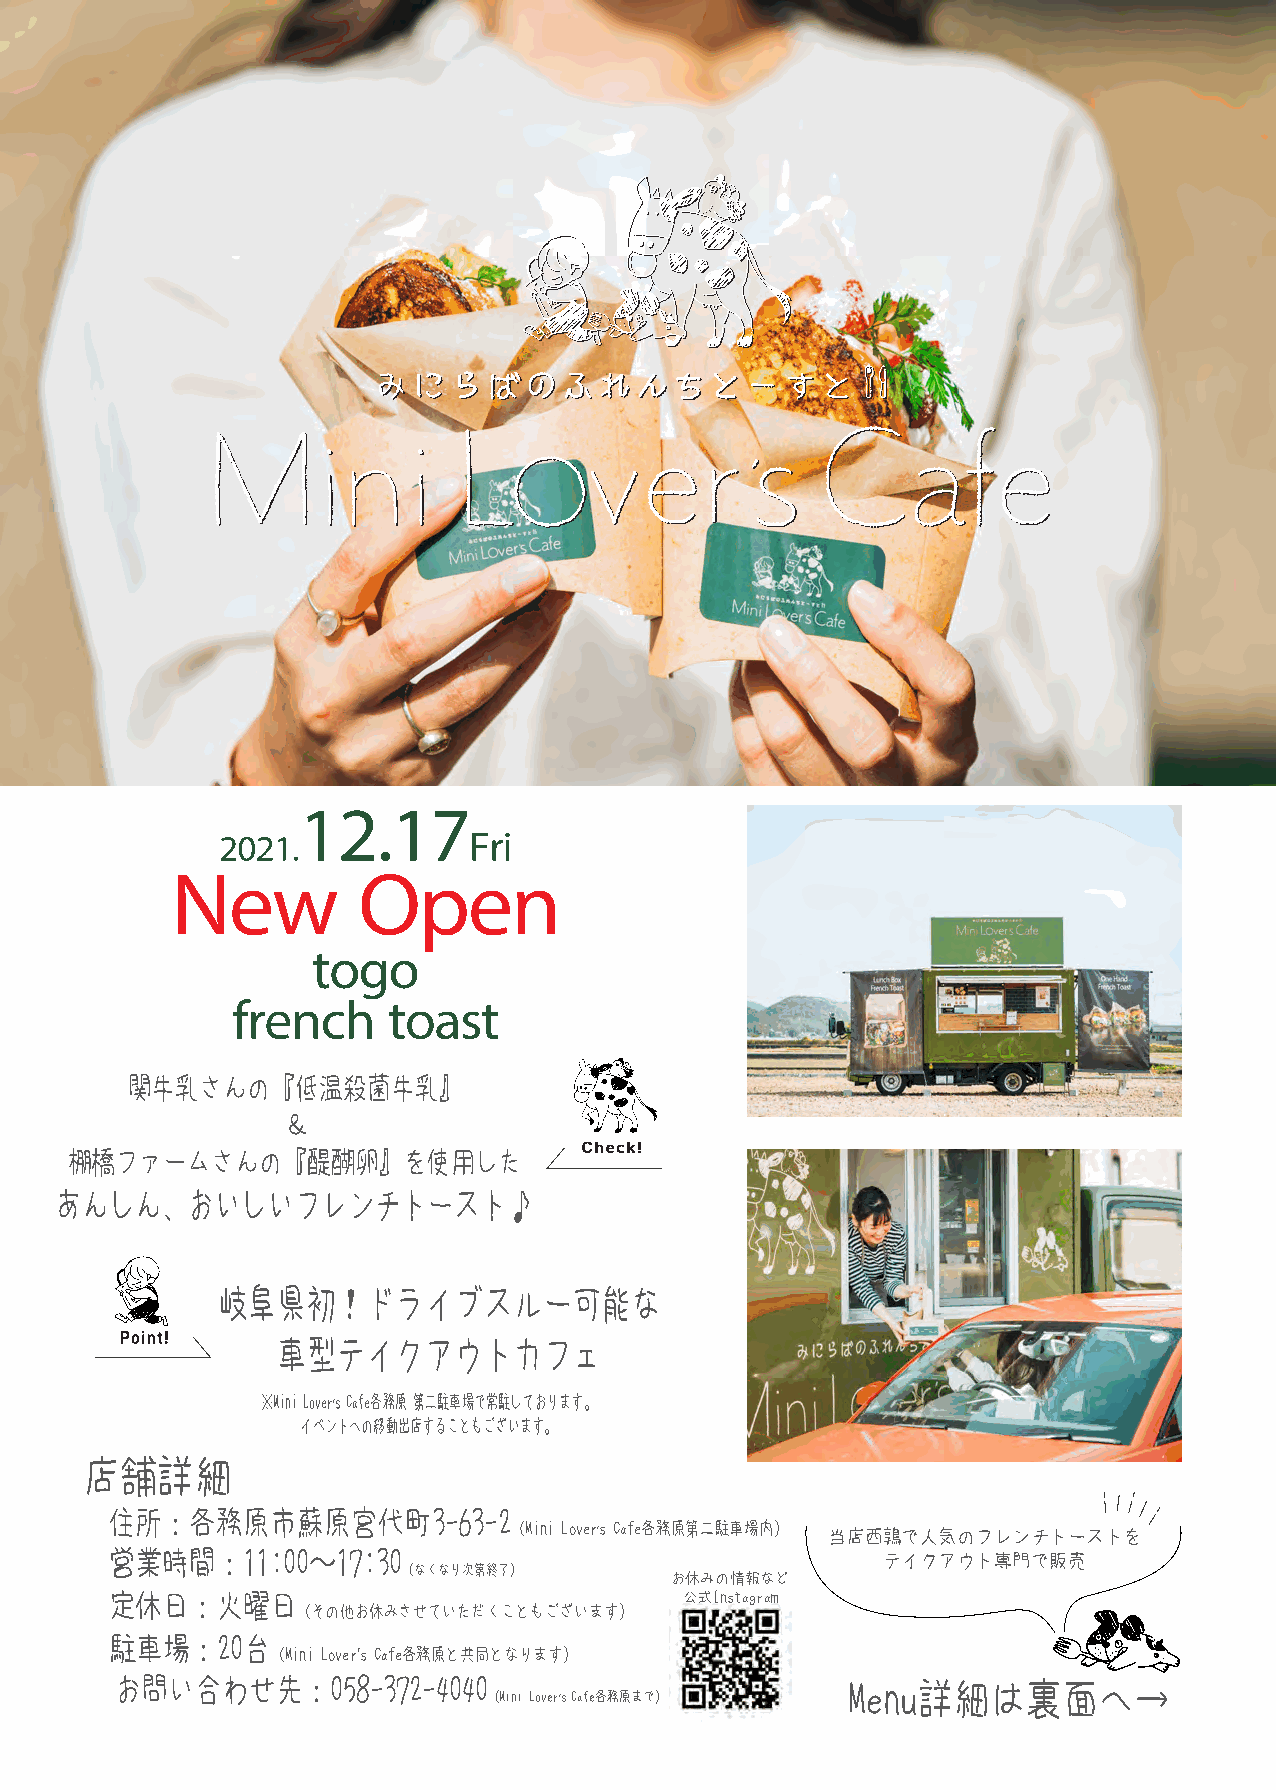
12.17
 2021.            Fri
 New          Open
 togo
 french     toast
 関牛乳さんの『低温殺菌牛乳』
 ＆
 棚橋ファームさんの『醍醐卵』を使用した
 あんしん、おいしいフレンチトースト♪
 岐阜県初！ドライブスルー可能な
 車型テイクアウトカフェ
 ※Mini Lover’s Cafe各務原 第二駐車場で常駐しております。
 イベントへの移動出店することもございます。
 店舗詳細
 住所：各務原市蘇原宮代町3-63-2
 （Mini Lover’s Cafe各務原第二駐車場内）
 当店西鶉で人気のフレンチトーストを
 営業時間：11:00    〜17:30                               テイクアウト専門で販売
 （なくなり次第終了）
 お休みの情報など
 定休日：火曜日                               公式Instagram
 （その他お休みさせていただくこともございます）
 駐車場：20台
 （Mini Lover’s Cafe各務原と共同となります）
 お問い合わせ先：058-372-4040                            Menu詳細は裏面へ→
 （Mini Lover’s Cafe各務原まで）